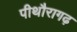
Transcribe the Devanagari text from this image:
पीथौरागढ़